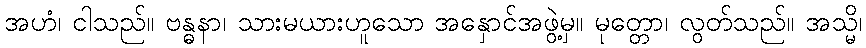
အဟံ၊ ငါသည်။ ဗန္ဓနာ၊ သားမယားဟူသော အနှောင်အဖွဲ့မှ။ မုတ္တော၊ လွတ်သည်။ အသ္မိ၊